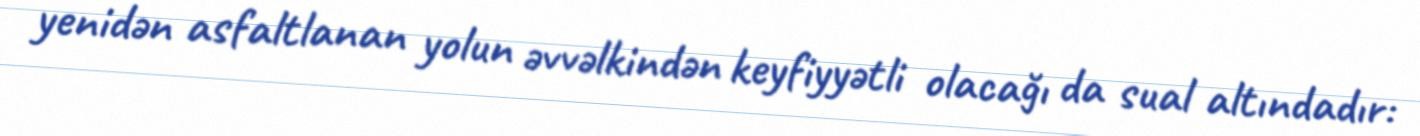
yenidən asfaltlanan yolun əvvəlkindən keyfiyyətli olacağı da sual altındadır: